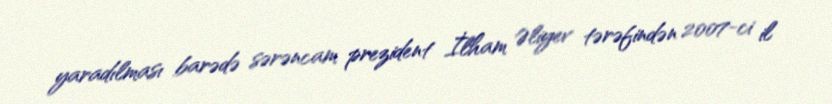
yaradılması barədə sərəncam prezident İlham Əliyev tərəfindən 2007-ci il